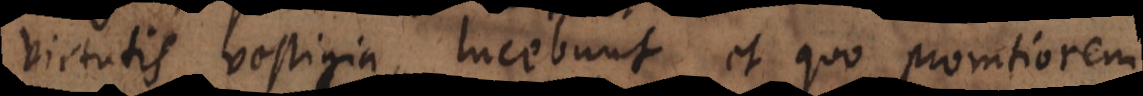
virtutis vestigia lucebunt, et quo promtiorem